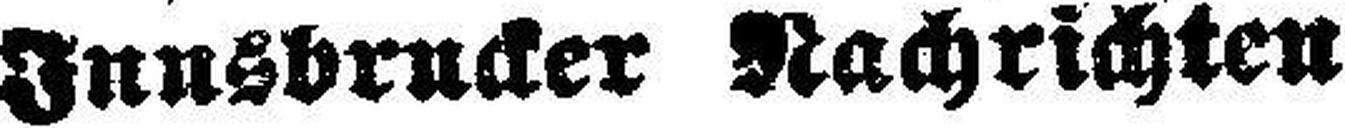
Innsbrucker Nachrichten